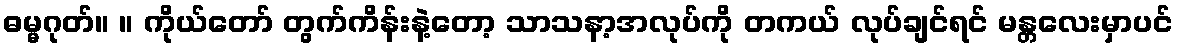
ဓမ္မဂုတ်။ ။ ကိုယ်တော် တွက်ကိန်းနဲ့တော့ သာသနာ့အလုပ်ကို တကယ် လုပ်ချင်ရင် မန္တလေးမှာပင်